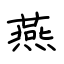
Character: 燕